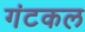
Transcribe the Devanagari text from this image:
गंटकल